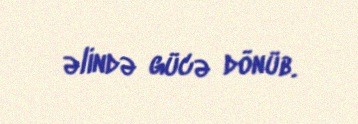
əlində gücə dönüb.